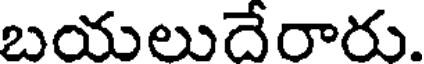
బయలుదేరారు.